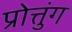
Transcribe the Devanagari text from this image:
प्रोत्तुंग